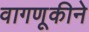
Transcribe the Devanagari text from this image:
वागणूकीने